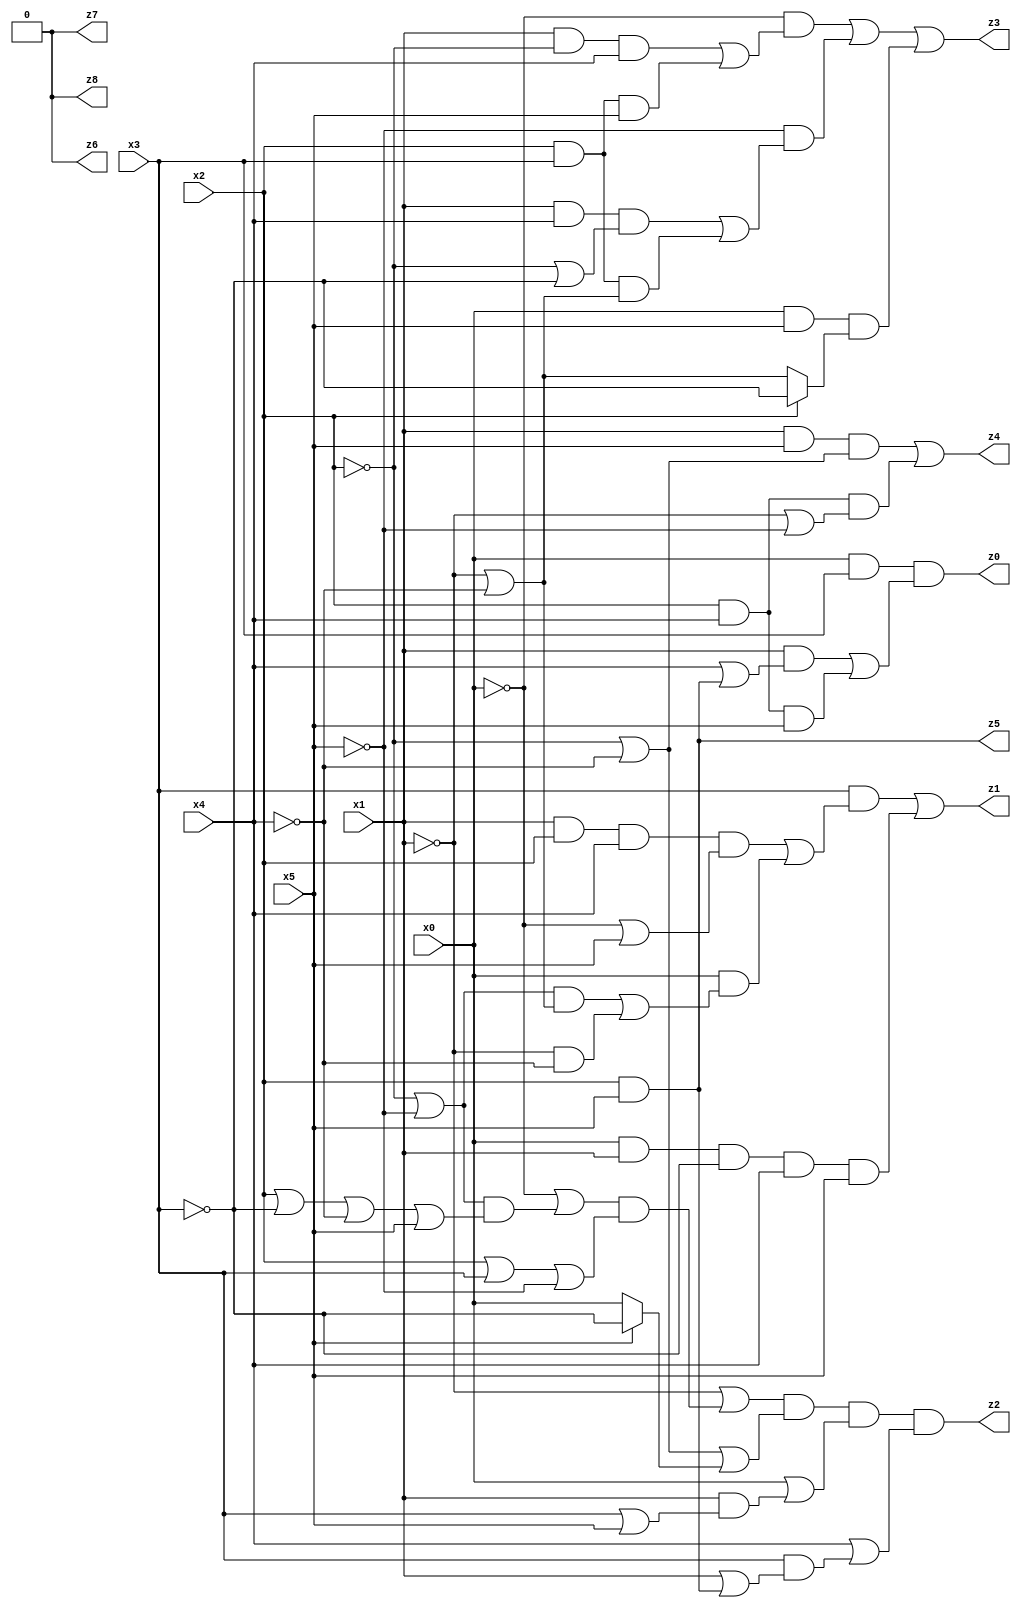
// Benchmark "mult_3x3_8" written by ABC on Fri Jun 23 01:07:37 2023

module mult_3x3_8 ( 
    x0, x1, x2, x3, x4, x5,
    z0, z1, z2, z3, z4, z5, z6, z7, z8  );
  input  x0, x1, x2, x3, x4, x5;
  output z0, z1, z2, z3, z4, z5, z6, z7, z8;
  assign z6 = 1'b0;
  assign z0 = x0 & x3 & ((x1 & (x4 | (x2 & x5))) | (x2 & x4 & x5));
  assign z1 = (x3 & ((x1 & x2 & x4 & (~x0 | x5)) | (x0 & (((~x2 | ~x5) & (~x1 | ~x4)) | (~x1 & ~x4))))) | (x0 & x1 & ~x3 & x4 & x5);
  assign z2 = (~x1 | ((~x0 | ((~x2 | ~x5) & (x2 | ~x3 | ~x4 | x5))) & (x2 | x3 | ~x5))) & (~x2 | ~x4 | (x5 ? ~x3 : x0)) & (x0 | (x1 & (x3 | x5))) & (x4 | (x3 & (x1 | (x2 & x5))));
  assign z3 = (~x0 & ((x1 & ~x2 & x4) | (x2 & x3 & x5))) | (~x5 & ((x1 & x4 & (~x2 | ~x3)) | (x2 & x3 & (~x1 | ~x4)))) | (x0 & x5 & (x2 ? ~x3 : (~x1 | ~x4)));
  assign z4 = (x1 & x5 & (~x2 | ~x4)) | (x2 & x4 & (~x1 | ~x5));
  assign z5 = x2 & x5;
  assign z7 = z6;
  assign z8 = z6;
endmodule